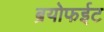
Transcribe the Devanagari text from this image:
ब्रयोफईट